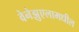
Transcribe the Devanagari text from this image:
वेनेझुएलामधील